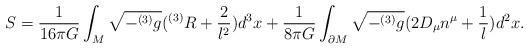
LaTeX: \begin{align*}S=\frac{1}{16\pi G} \int_M \sqrt{-^{(3)}g}(^{(3)}R+\frac{2}{l^2})d^3x+\frac{1}{8\pi G} \int_{\partial M} \sqrt{-^{(3)}g}(2D_{\mu} n^{\mu}+\frac{1}{l})d^2x.\end{align*}